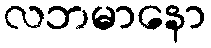
လဘမာနော